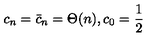
c _ { n } = \bar { c } _ { n } = \Theta ( n ) , c _ { 0 } = { \frac { 1 } { 2 } }